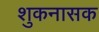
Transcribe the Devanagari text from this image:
शुकनासक